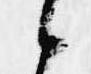
候